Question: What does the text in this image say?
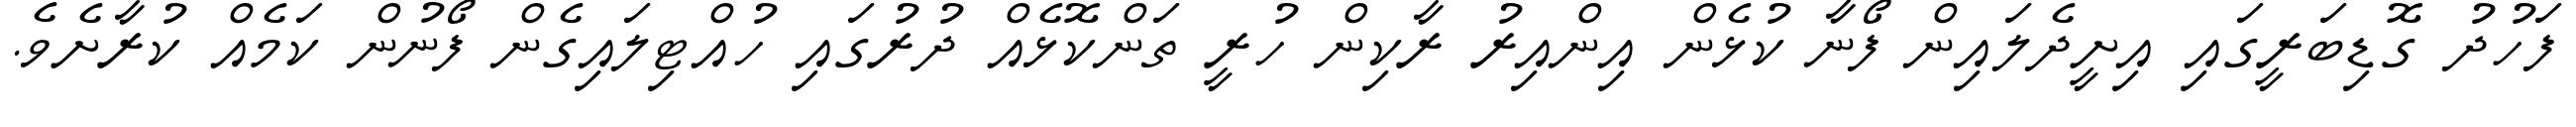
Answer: ފަހުދު ގޮޑިބަރީގައި އިށީދެލައިން ފޯނާ ކުޅެން އިންއިރު ރާކިން ހުރީ ތަންކޮޅެއް ދުރުގައި ހުއްޓިލައިގެން ފޯނުން ކަމެއް ކުރާށެވެ.